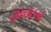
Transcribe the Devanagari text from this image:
ट्रोकिलिडी